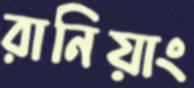
রানিয়াং